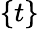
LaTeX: \{ t\}